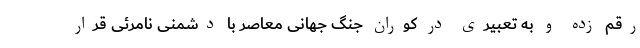
رقم زده و به تعبیری در کوران جنگ جهانی معاصر با دشمنی نامرئی قرار